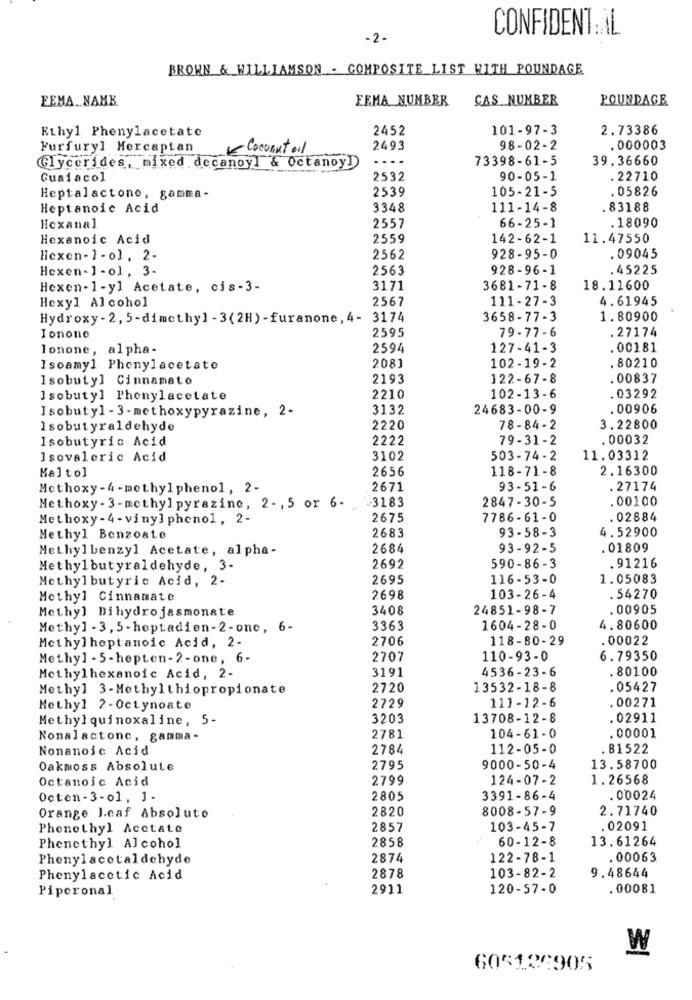
CONFIDENT.AL.
-2.
BROWN & WILLIAMSON - COMPOSITE LIST WITH POUNDAGE
FEMA_NAME
FEMA NUMBER
CAS NUMBER
POURDAGE
Ethyl Phenylacetate
2452
101-97-3
2.73386
Furfuryl Mercaptan
Coconut oil
2493
98-02-2
. 000003
Glycerides, mixed decanoyl & Octanoy])
....
73398-61-5
39.36660
Guaiacol
2532
90-05-1
. 22710
2539
105-21-5
. 05826
Heptalactono, gamma-
Heptanoic Acid
3348
111-14-8
. 83188
66-25-1
.18090
Hexanal
2557
Hexanoic Acid
2559
142-62-1
11.47550
licxen -1- ol, 2-
2562
928-95-0
. 09045
Hexen - 1-01, 3-
2563
928-96-1
. 45225
Hexen-1-yl Acetate, cis-3-
3171
3681-71-8
18.11600
Hexyl Alcohol
2567
111-27-3
4.61945
Hydroxy - 2, 5-dimethyl - 3(2H) -furanone, 4- 3174
3658-77-3
1.80900
2595
79-77-6
. 27174
Ionone
lonone, alpha-
2594
127-41-3
.00181
Isoamyl Phenylacetate
2081
102-19-2
. 80210
Isobutyl Cinnamate
2193
122-67-8
. 00837
Isobutyl Phenylacetate
2210
102-13-6
. 03292
Isobutyl- 3- methoxypyrazine, 2-
3132
24683-00-9
.00906
Isobutyraldehyde
2220
78-84-2
3.22800
Isobutyric Acid
2222
79-31-2
. 00032
Isovaleric Acid
3102
503-74-2
11.03312
Malto]
2656
118-71-8
2.16300
Methoxy - 4 - methylphenol, 2-
2671
93-51-6
. 27174
3183
2847-30-5
. 00100
Methoxy - 3-methylpyrazine, 2 -, 5 or 6-
Methoxy - 4 - viny] phenol, 2-
2675
7786-61- 0
. 02884
2683
93-58-3
4.52900
Methyl Benzoate
Methylbenzyl Acetate, alpha-
2684
93-92-5
. 01809
Methylbutyraldehyde, 3-
2692
590-86-3
. 91216
Methylbutyric Acid, 2-
2695
116-53-0
1.05083
Methyl Cinnamate
2698
103-26-4
. 54270
Methyl Dihydro jasmonate
3408
24851-98-7
.00905
Methyl - 3, 5 -heptadien- 2-onc, 6-
3363
1604-28-0
4.80600
Methylheptanoic Acid, 2-
2706
118-80-29
.00022
Methyl - 5-hepten-2-one, 6-
2707
110-93-0
6.79350
3191
4536-23-6
. 80100
Methylhexanoic Acid, 2-
Methyl 3-Methylthiopropionate
2720
13532-18-8
. 05427
Methyl 2-Octynoate
2729
111-12-6
. 00271
Methyl quinoxaline, 5-
3203
13708-12-8
.02911
Nonalactonc, gamma -
2781
104-61-0
.00001
Nonanoic Acid
2784
112-05-0
81522
Oakmoss Absolute
2795
9000-50-4
13.58700
Octanoic Acid
2799
124-07-2
1.26568
Octen - 3-01 , 1-
2805
3391-86-4
. 00024
2820
8008-57-9
2.71740
Orange Leaf Absolute
Phenethyl Acetate
2857
103-45-7
02091
2858
60-12-8
13.61264
Phenethyl Alcohol
Phenylacotaldehyde
2874
122-78-1
. 00063
103-82-2
9.48644
Phenylacetic Acid
2878
Pipcronal
2911
120-57-0
. 00081
W
605126905